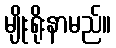
မျိုးရိုးနာမည်။